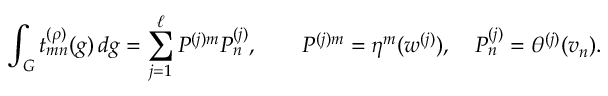
\int _ { G } t _ { m n } ^ { ( \rho ) } ( g ) \, d g = \sum _ { j = 1 } ^ { \ell } P ^ { ( j ) m } P _ { n } ^ { ( j ) } , \qquad P ^ { ( j ) m } = \eta ^ { m } ( w ^ { ( j ) } ) , \quad P _ { n } ^ { ( j ) } = \theta ^ { ( j ) } ( v _ { n } ) .